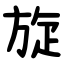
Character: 旋